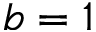
b = 1